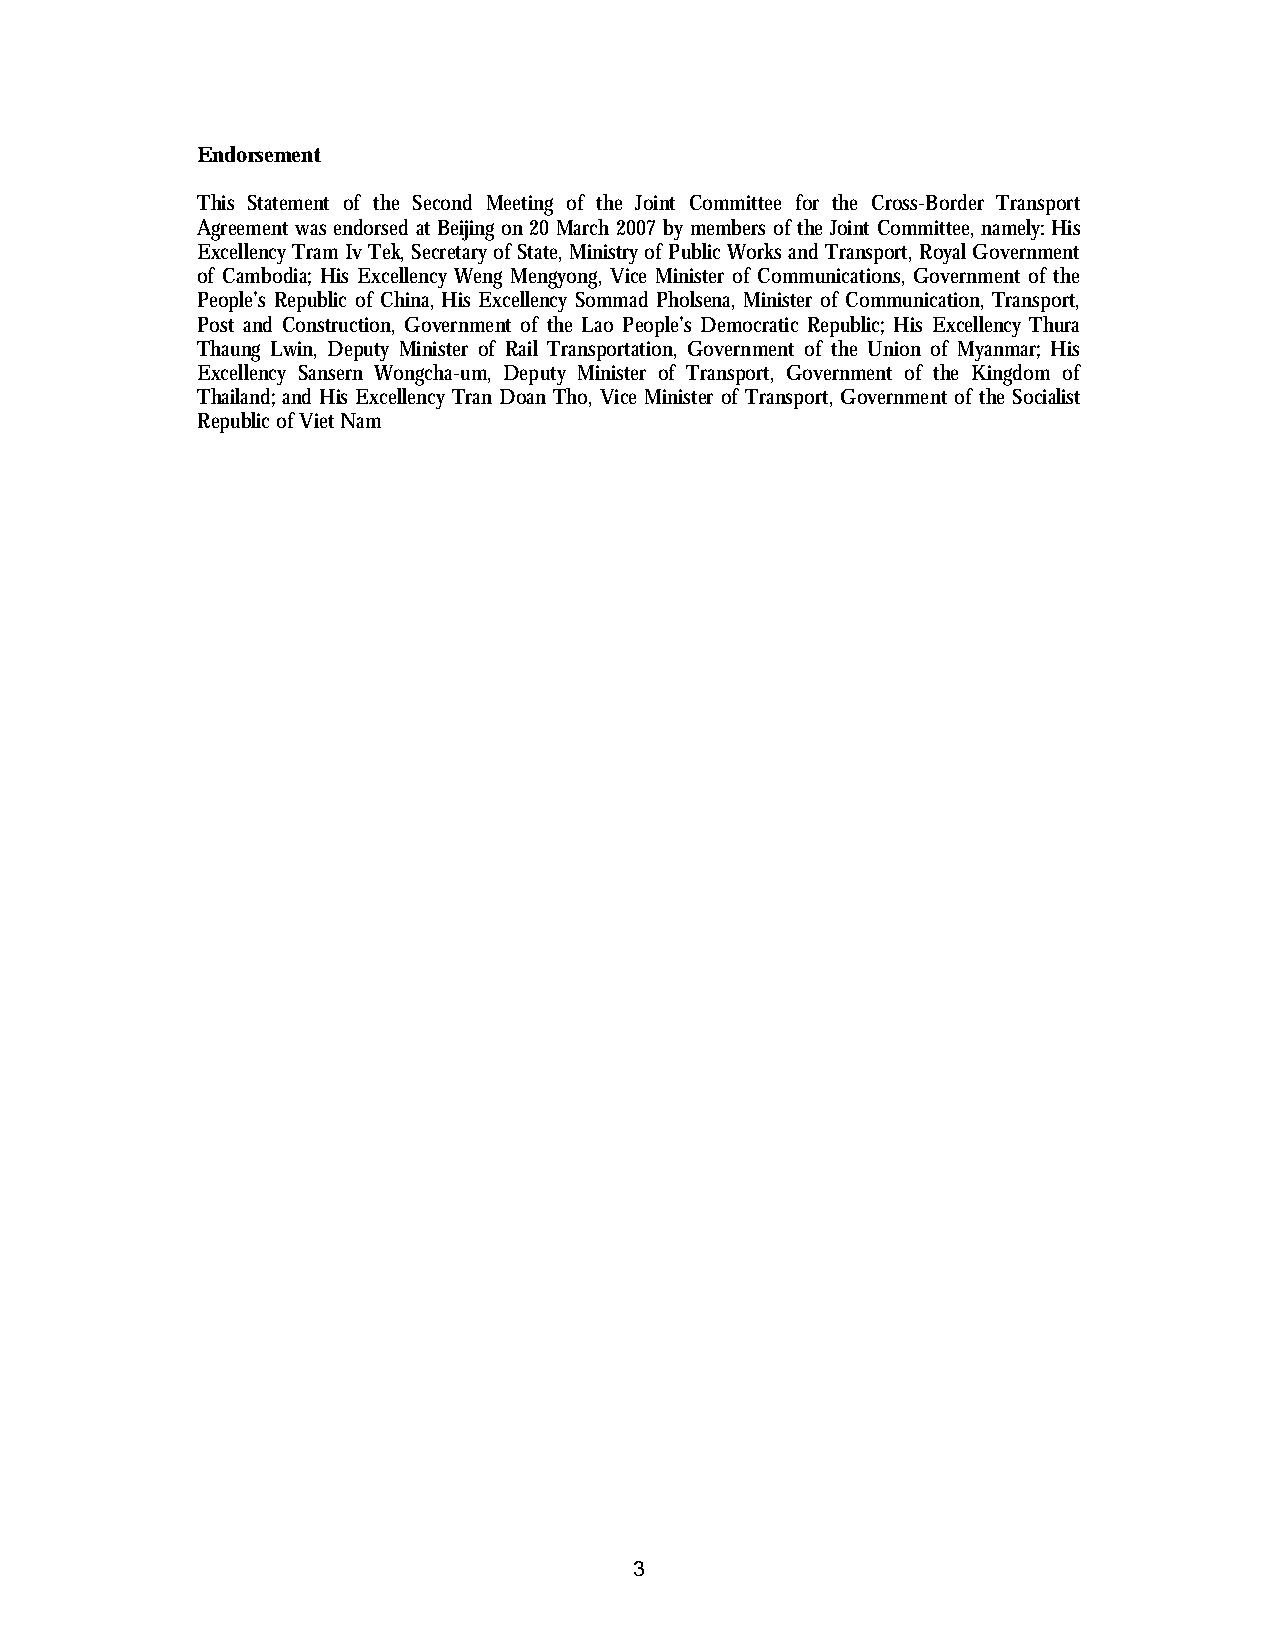
Endorsement
 This Statement of the Second Meeting of the Joint Committee for the Cross-Border Transport
 Agreement was endorsed at Beijing on 20 March 2007 by members of the Joint Committee, namely: His
 Excellency Tram Iv Tek, Secretary of State, Ministry of Public Works and Transport, Royal Government
 of Cambodia; His Excellency Weng Mengyong, Vice Minister of Communications, Government of the
 People’s Republic of China, His Excellency Sommad Pholsena, Minister of Communication, Transport,
 Post and Construction, Government of the Lao People’s Democratic Republic; His Excellency Thura
 Thaung Lwin, Deputy Minister of Rail Transportation, Government of the Union of Myanmar; His
 Excellency Sansern Wongcha-um, Deputy Minister of Transport, Government of the Kingdom of
 Thailand; and His Excellency Tran Doan Tho, Vice Minister of Transport, Government of the Socialist
 Republic of Viet Nam
 3